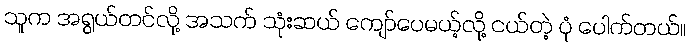
သူက အရွယ်တင်လို့ အသက် သုံးဆယ် ကျော်ပေမယ့်လို့ ငယ်တဲ့ ပုံ ပေါက်တယ်။